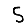
Digit: 5